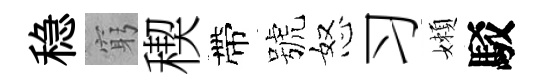
稳窮稧帶號怒习嬾駁